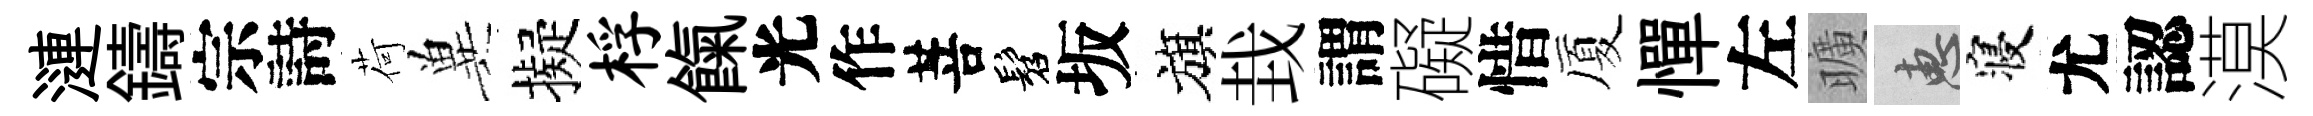
漣鑄宗詩荷兾擬桴餼光作菩髫坂旗㘽謂礙惜厦憚左曠惠寝尤認漠